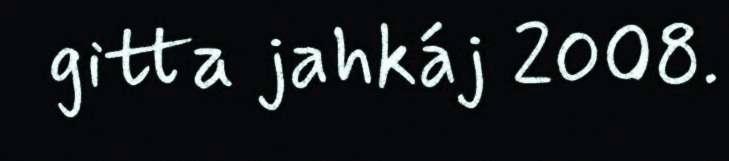
gitta jahkáj 2008.